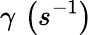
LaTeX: \gamma\, \left(s^{-1}\right)